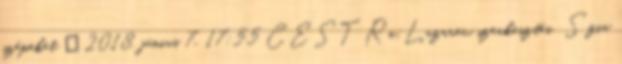
szépeket ッ 2018. június 7., 17:55 CEST Re:Lazarev szerkesztés Szia